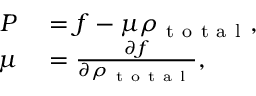
\begin{array} { r l } { P } & { { } = f - \mu \rho _ { \mathrm { ~ t ~ o ~ t ~ a ~ l ~ } } , } \\ { \mu } & { { } = \frac { \partial f } { \partial \rho _ { \mathrm { ~ t ~ o ~ t ~ a ~ l ~ } } } , } \end{array}